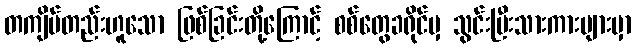
တကျိပ်တည်းဟူသော ဖြစ်ခြင်းတို့ကြောင့် စစ်တွေခရိုင်မှ သွင်းပြီးသားကားများမှာ